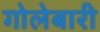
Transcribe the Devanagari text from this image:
गोलेबारी